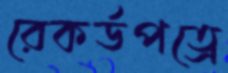
রেকর্ডপত্রে